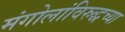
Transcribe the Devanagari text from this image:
मंगोलांविरुद्धच्या